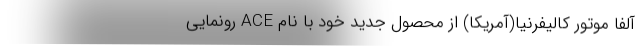
آلفا موتور کالیفرنیا(آمریکا) از محصول جدید خود با نام ACE رونمایی